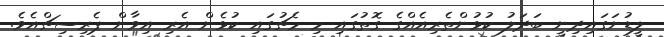
ލީޑުނަގައިދިނީ ބަދަލު ކުޅުންތެރިއެއްގެ ގޮތުގައި މި މެޗުގައި ކުޅެން އެރި އިވާން ޕެރިސިޗްއެވެ.